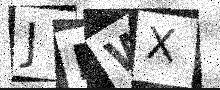
Text: JMWX